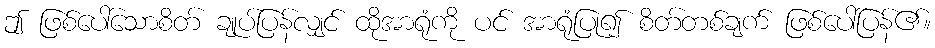
ဤ ဖြစ်ပေါ်သောစိတ် ချုပ်ပြန်လျှင် ထိုအာရုံကို ပင် အာရုံပြု၍ စိတ်တစ်ချက် ဖြစ်ပေါ်ပြန်၏။